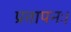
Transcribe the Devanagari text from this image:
प्रतापनः।